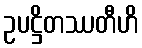
ဥပဋ္ဌိတဿတီဟိ